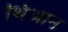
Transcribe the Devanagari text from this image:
थिआन